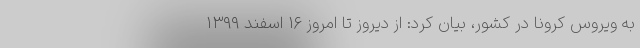
به ویروس کرونا در کشور، بیان کرد: از دیروز تا امروز ۱۶ اسفند ۱۳۹۹